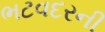
ભટવદરની